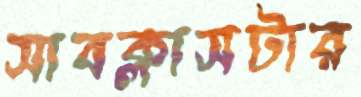
সাবক্লাসটার